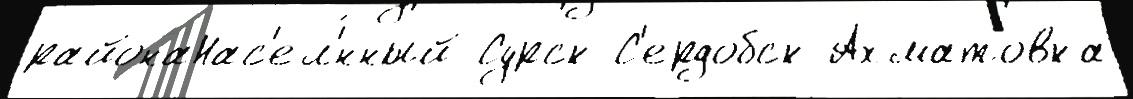
районаНас'ел'́нный Сурск С'ердобск Ахматовка